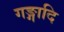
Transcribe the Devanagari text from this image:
गङ्गादि